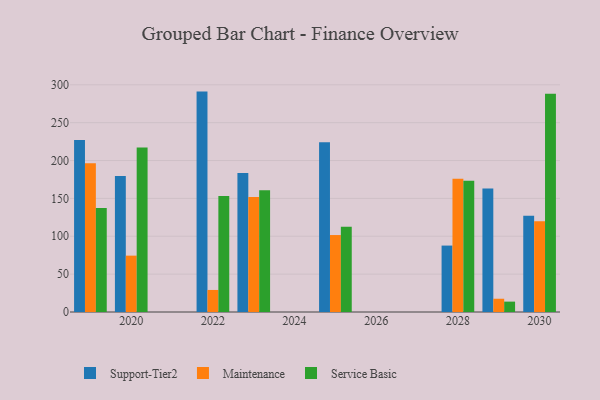
{"axis": {"x": "Year", "y": "Production Output"}, "legend": ["Maintenance", "Service Basic", "Support-Tier2"], "data": [{"x": "2029", "y": 163.0, "type": "Support-Tier2"}, {"x": "2029", "y": 17.5, "type": "Maintenance"}, {"x": "2029", "y": 13.7, "type": "Service Basic"}, {"x": "2020", "y": 179.6, "type": "Support-Tier2"}, {"x": "2020", "y": 74.4, "type": "Maintenance"}, {"x": "2020", "y": 217.2, "type": "Service Basic"}, {"x": "2028", "y": 87.7, "type": "Support-Tier2"}, {"x": "2028", "y": 175.8, "type": "Maintenance"}, {"x": "2028", "y": 173.2, "type": "Service Basic"}, {"x": "2030", "y": 127.1, "type": "Support-Tier2"}, {"x": "2030", "y": 119.8, "type": "Maintenance"}, {"x": "2030", "y": 288.2, "type": "Service Basic"}, {"x": "2019", "y": 227.1, "type": "Support-Tier2"}, {"x": "2019", "y": 196.4, "type": "Maintenance"}, {"x": "2019", "y": 137.3, "type": "Service Basic"}, {"x": "2023", "y": 183.5, "type": "Support-Tier2"}, {"x": "2023", "y": 151.9, "type": "Maintenance"}, {"x": "2023", "y": 160.7, "type": "Service Basic"}, {"x": "2025", "y": 224.1, "type": "Support-Tier2"}, {"x": "2025", "y": 101.6, "type": "Maintenance"}, {"x": "2025", "y": 112.6, "type": "Service Basic"}, {"x": "2022", "y": 291.0, "type": "Support-Tier2"}, {"x": "2022", "y": 29.1, "type": "Maintenance"}, {"x": "2022", "y": 153.0, "type": "Service Basic"}]}